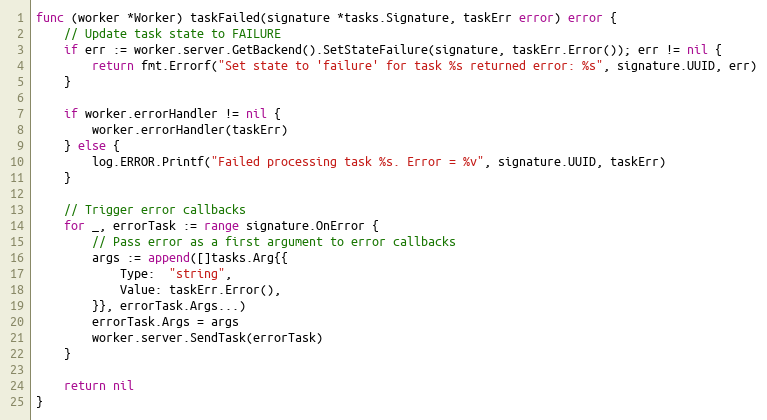
Language: Go
func (worker *Worker) taskFailed(signature *tasks.Signature, taskErr error) error {
	// Update task state to FAILURE
	if err := worker.server.GetBackend().SetStateFailure(signature, taskErr.Error()); err != nil {
		return fmt.Errorf("Set state to 'failure' for task %s returned error: %s", signature.UUID, err)
	}

	if worker.errorHandler != nil {
		worker.errorHandler(taskErr)
	} else {
		log.ERROR.Printf("Failed processing task %s. Error = %v", signature.UUID, taskErr)
	}

	// Trigger error callbacks
	for _, errorTask := range signature.OnError {
		// Pass error as a first argument to error callbacks
		args := append([]tasks.Arg{{
			Type:  "string",
			Value: taskErr.Error(),
		}}, errorTask.Args...)
		errorTask.Args = args
		worker.server.SendTask(errorTask)
	}

	return nil
}